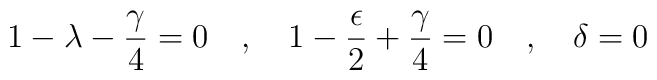
1- \lambda - \frac{\gamma }{4} = 0 \ \ \ ,   \ \ \ 1 - \frac{\epsilon}{2} + \frac{\gamma}{4} = 0   \ \ \ , \ \ \ \delta = 0